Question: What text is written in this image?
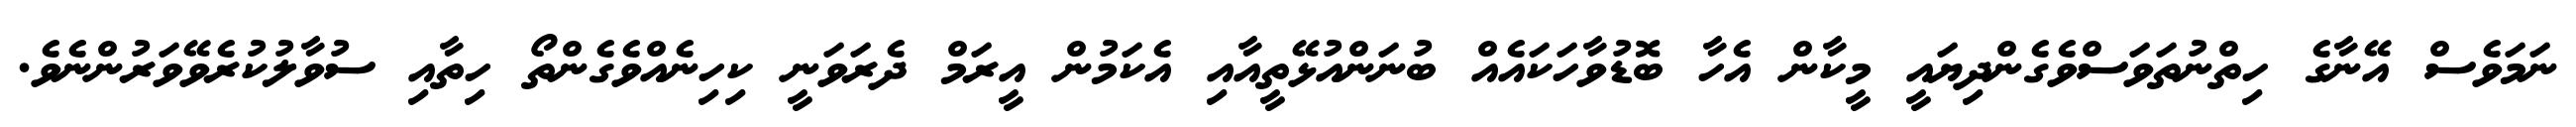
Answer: ނަމަވެސް އޭނާގެ ހިތްނުތަވަސްވެގެންދިޔައީ މީކާން އެހާ ބޮޑުވާހަކައެއް ބުނަންއުޅޭތީއާއި އެކަމުން އީރަމް ދެރަވަނީ ކިހިނެއްވެގެންތޯ ހިތާއި ސުވާލުކުރެވޭވަރުންނެވެ.